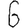
Digit: 6